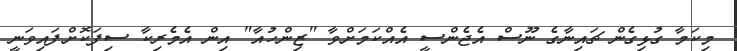
މިކަމާ ގުޅިގެން ޗައިނާގެ ނޫސް އެޖެންސީ އެއްކަމަށްވާ "ޒިންހުއާ" އިން އެމެރިކާ ސިފަކޮށްފައިވަނީ